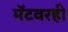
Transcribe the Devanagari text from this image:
मॅटवरही